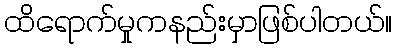
ထိရောက်မှုကနည်းမှာဖြစ်ပါတယ်။